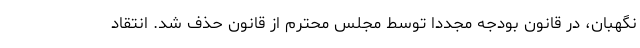
نگهبان، در قانون بودجه مجددا توسط مجلس محترم از قانون حذف شد. انتقاد